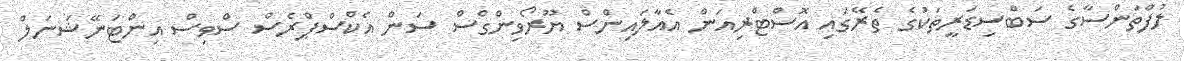
ލުފްތަންސާގެ ސަބްސިޑަރީތަކުގެ ތެރޭގައި އޮސްޓްރިއަން އެއާލައިންސް ޔޫރޯވިންގްސް ސަން އެކްސްޕްރެސް ސްވިސް އިންޓަނޭޝަނަލް